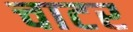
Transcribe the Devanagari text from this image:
चाटर